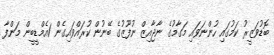
ބޮޑުވަޒީރު ކަމުގައި ހުންނަވައި މަގާމުގެ ނާޖާއިޒް ނުފޫޒުގެ ބޭނުން ކުރައްވައިގެން 1އެމްޑީބީން މަންފާ